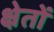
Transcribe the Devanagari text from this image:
क्षेतों